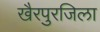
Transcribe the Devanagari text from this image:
खैरपुरजिला